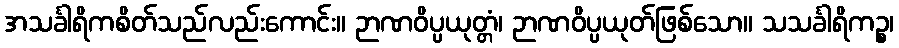
အသင်္ခါရိကစိတ်သည်လည်းကောင်း။ ဉာဏဝိပ္ပယုတ္တံ၊ ဉာဏဝိပ္ပယုတ်ဖြစ်သော။ သသင်္ခါရိကဉ္စ၊